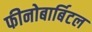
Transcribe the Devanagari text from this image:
फीनोबार्बिटल